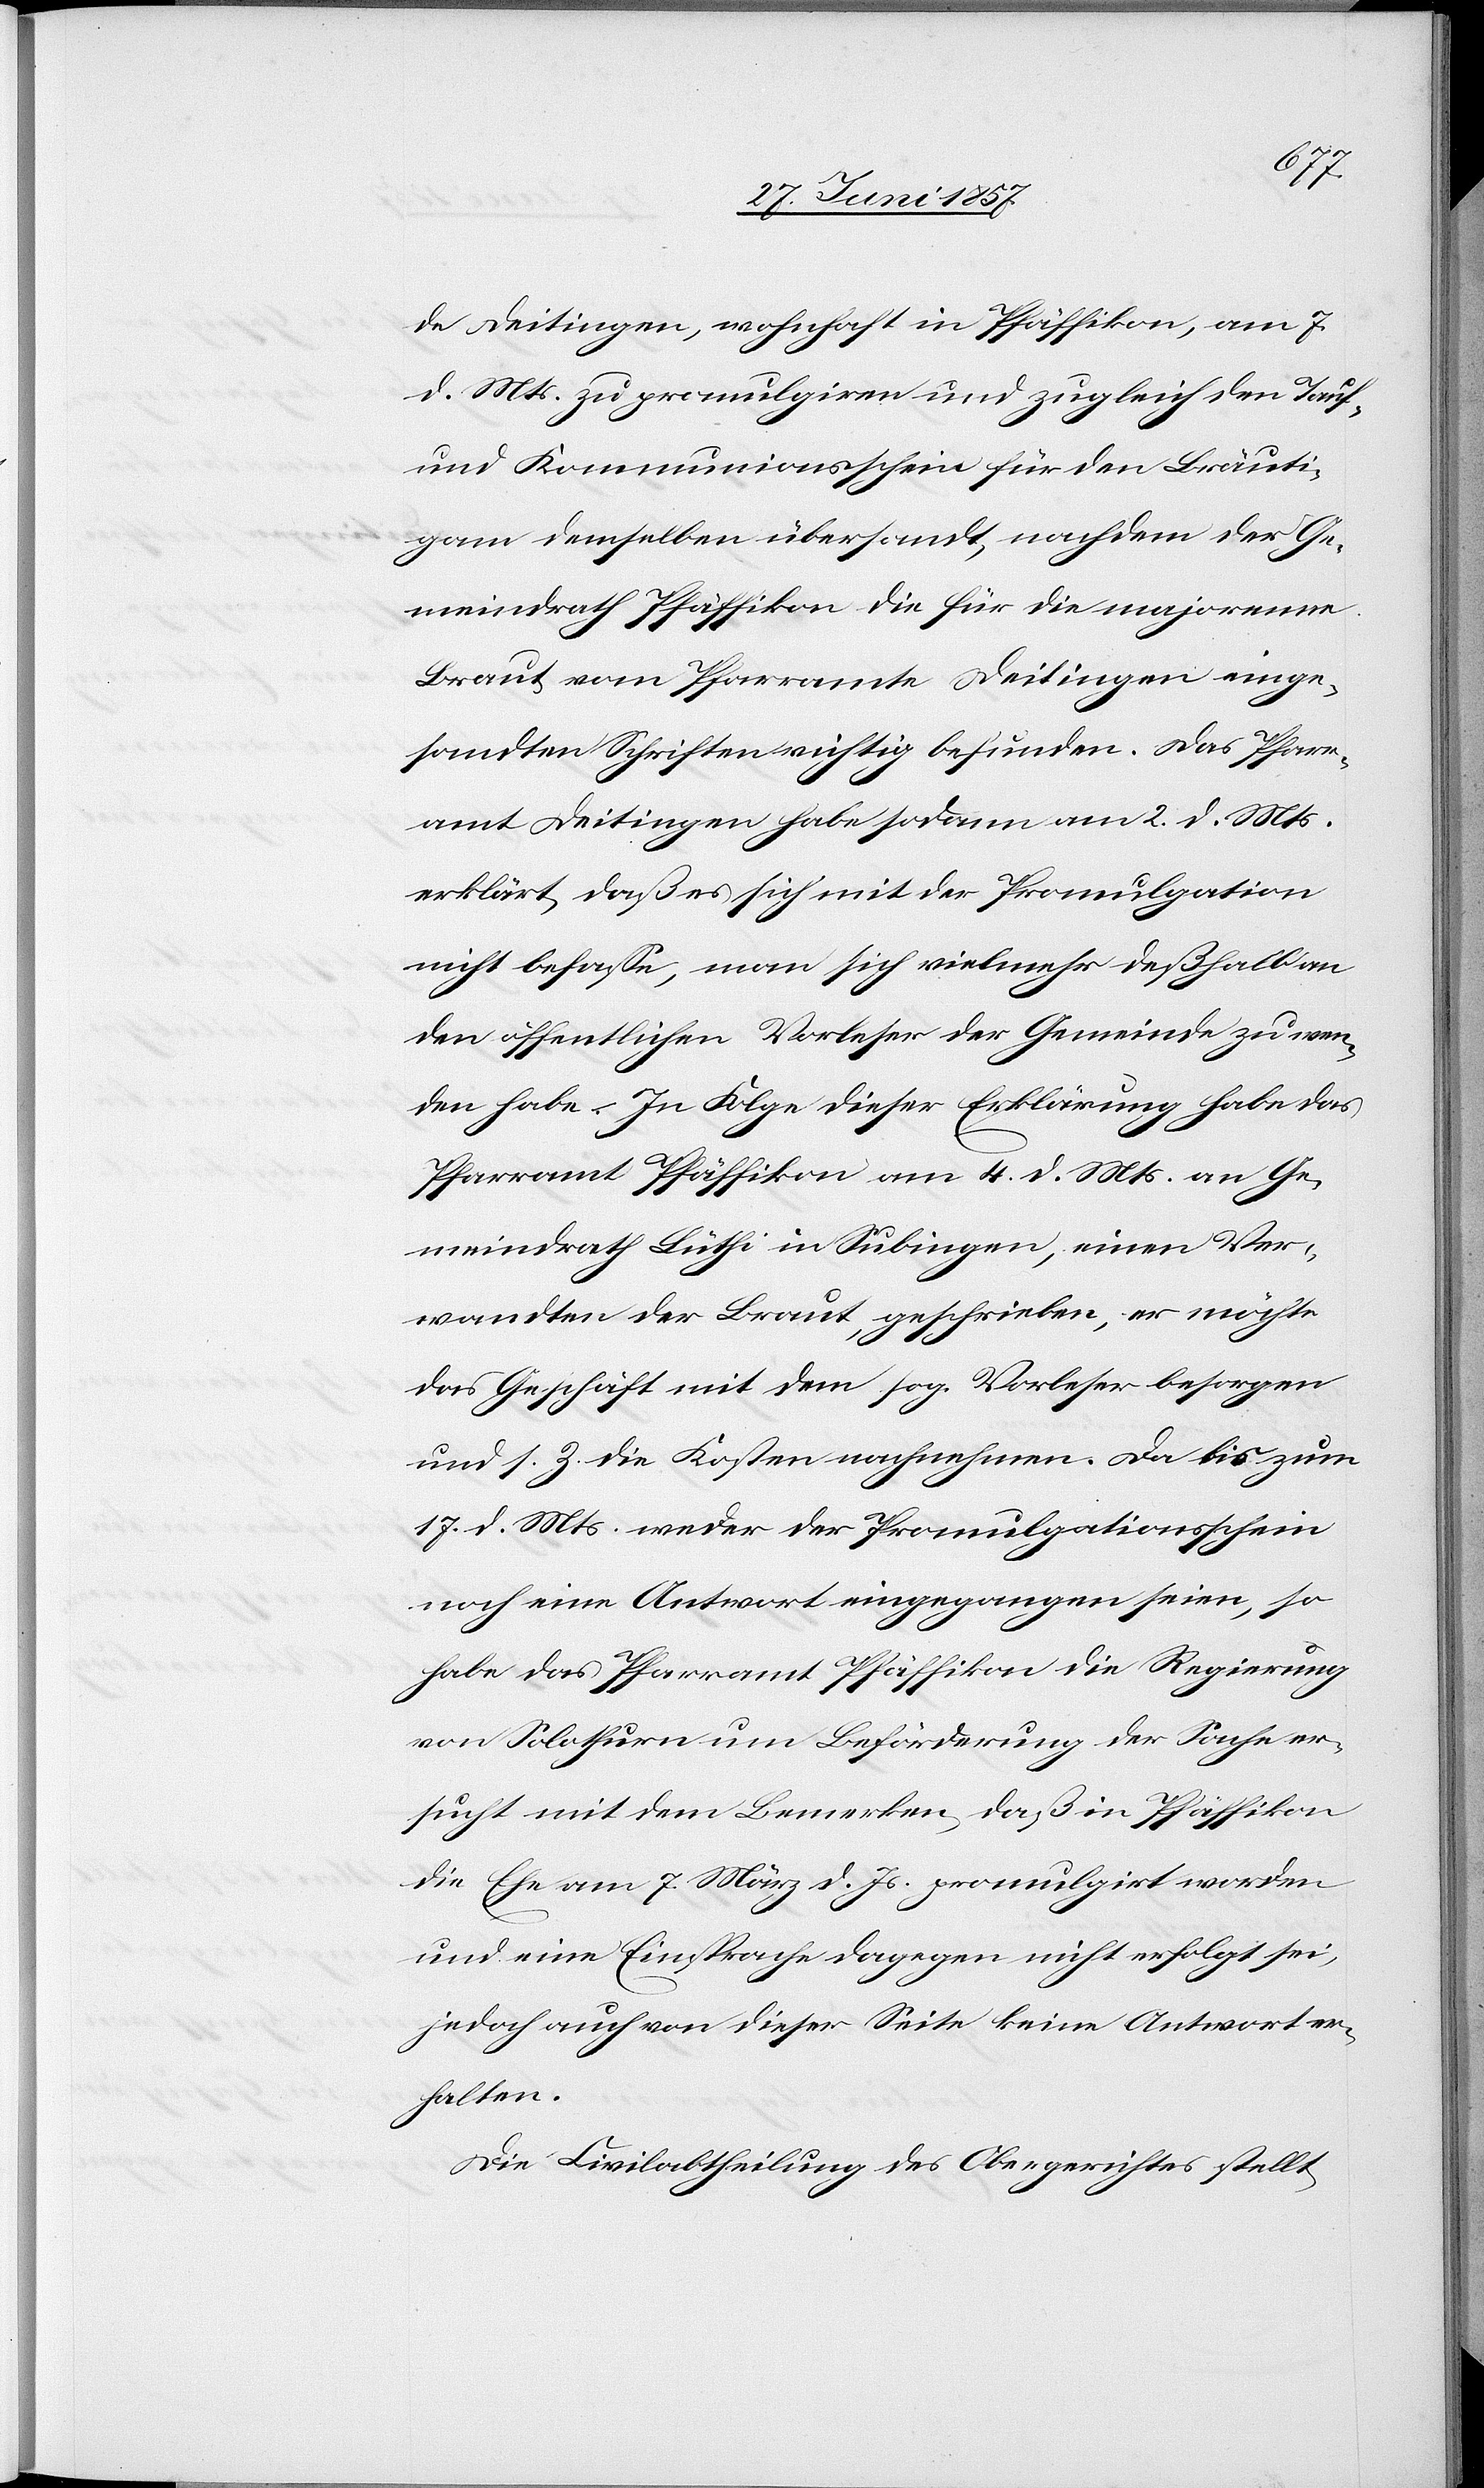
de Deitingen, wohnhaft in Pfäffikon, am 7
d. Mts. zu promulgiren und zugleich den Tauf-
und Kommunionsschein für den Bräuti¬
gam demselben übersandt, nachdem der Ge¬
meindrath Pfäffikon die für die majorenne
Braut vom Pfarramte Deitingen einge¬
sandten Schriften richtig befunden. Das Pfarr¬
amt Deitingen habe sodann am 2 d. Mts.
erklärt daß es sich mit der Promulgation
nicht befasse, man sich vielmehr deßhalb an
den öffentlichen Vorleser der Gemeinde zu wen¬
den habe. In Folge dieser Erklärung habe das
Pfarramt Pfäffikon am 4 d. Mts. an Ge¬
meindrath Lüthi in Subingen, einen Ver¬
wandten der Braut, geschrieben, er möchte
das Geschäft mit dem sog. Vorleser besorge¬
n s. Z. die Kosten nachnehmen. Da bis zum
17 d. Mts. weder der Promulgationsschein
noch eine Antwort eingegangen seien, so
habe das Pfarramt Pfäffikon die Regierung
von Solothurn um Beförderung der Sache er¬
sucht mit dem Bemerken, daß in Pfäffikon
die Ehe am 7 März d. Js. promulgirt worden
und eine Einsprache dagegen nicht erfolgt sei,
jedoch auch von dieser Seite keine Antwort er¬
halten.
Die Civilabtheilung des Obergerichtes stellt